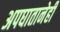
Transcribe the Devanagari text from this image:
अपघातानेही